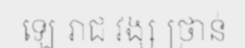
ឡេ រាជ វង្ស ថ្រាន់